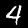
Digit: 4